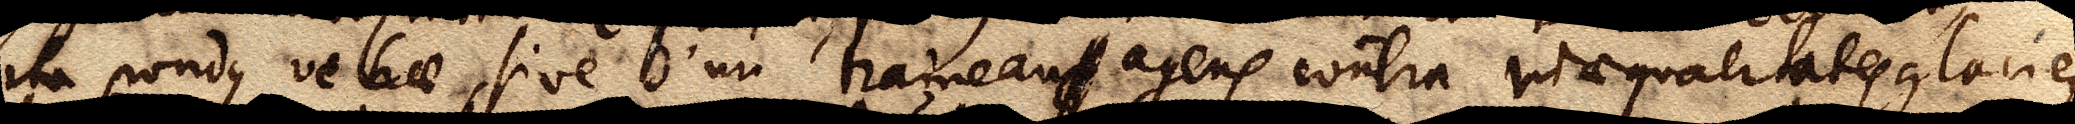
ita pondus vehae, sive d’un traineau, agens contra inaequalitates glaciei